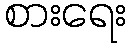
စားရေး